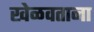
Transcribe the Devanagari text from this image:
खेळवताना